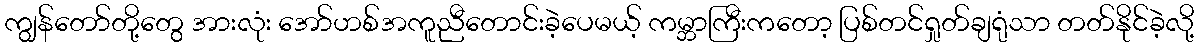
ကျွန်တော်တို့တွေ အားလုံး အော်ဟစ်အကူညီတောင်းခဲ့ပေမယ့် ကမ္ဘာကြီးကတော့ ပြစ်တင်ရှုတ်ချရုံသာ တတ်နိုင်ခဲ့လို့